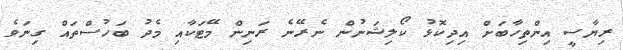
ރިޔާސީ އިންތިހާބަށް އިދިކޮޅު ކޯލިޝަނުން ނެރޭނެ ރަނިން މޭޓަކާއި މެދު ބަހުސްތައް ގިނަވެ